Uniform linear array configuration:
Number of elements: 16
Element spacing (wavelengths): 0.25
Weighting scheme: binomial
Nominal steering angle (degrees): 30
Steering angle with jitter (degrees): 31.886
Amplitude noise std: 0.05
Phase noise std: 0.05

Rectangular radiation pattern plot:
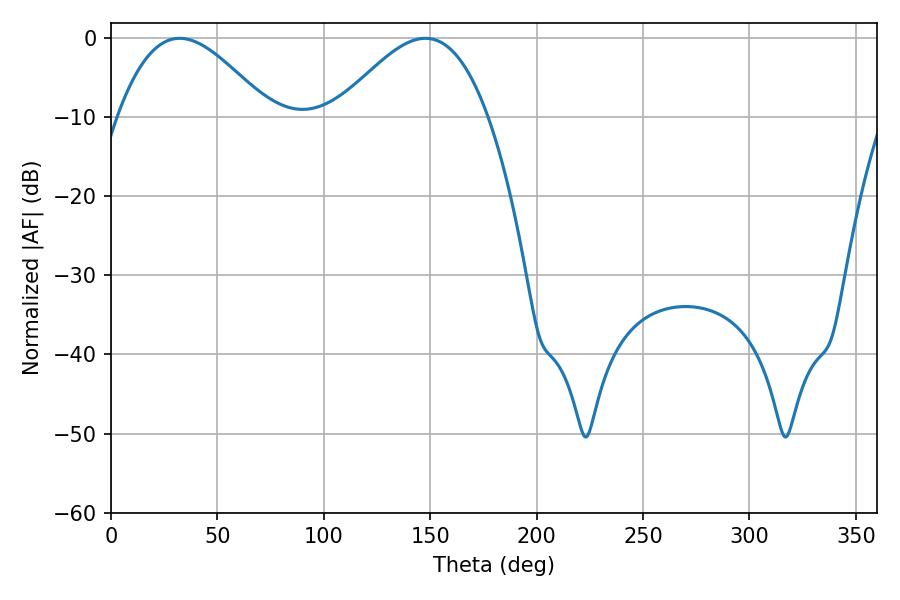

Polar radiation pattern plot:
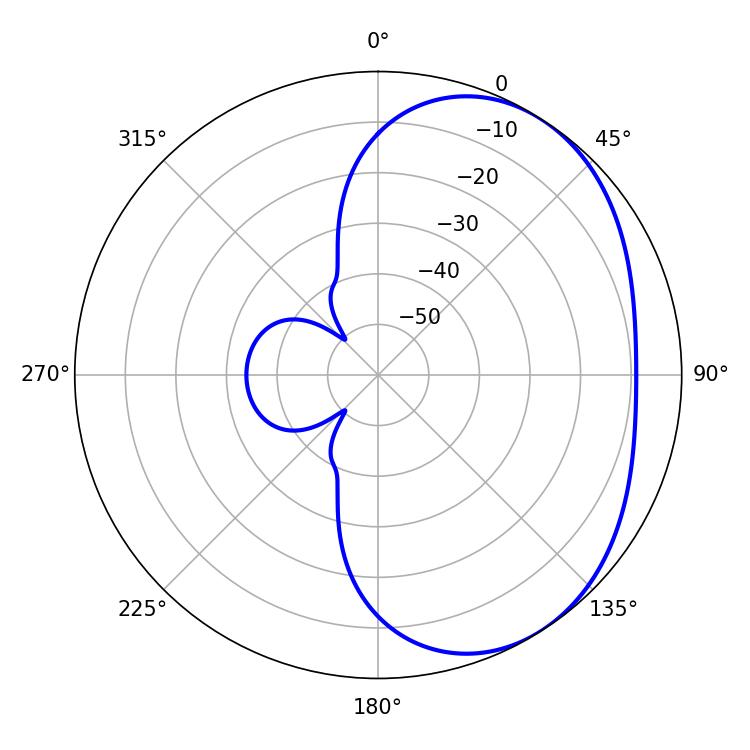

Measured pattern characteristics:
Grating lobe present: FALSE
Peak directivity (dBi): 3.54
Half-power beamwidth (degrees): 38.34
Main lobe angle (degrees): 147.78